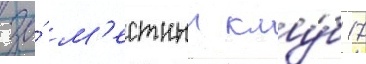
за́ м'естныи клу́б 17